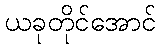
ယခုတိုင်အောင်